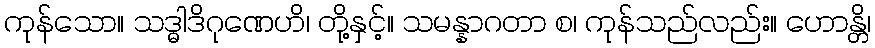
ကုန်သော။ သဒ္ဓါဒိဂုဏေဟိ၊ တို့နှင့်။ သမန္နာဂတာ စ၊ ကုန်သည်လည်း။ ဟောန္တိ၊